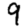
Digit: 9